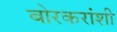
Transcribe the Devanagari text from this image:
बोरकरांशी